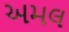
અમલ